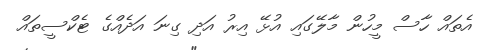
އެތައް ހާސް މީހުން މާލޭގައި އުޅޭ އިރު އަދި ގިނަ އަދެއްގެ ޓެކްސީތައް